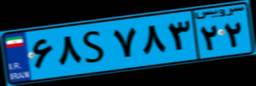
۷۶S۲۱۵۶۲